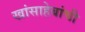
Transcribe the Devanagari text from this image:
खांसाहेबांची